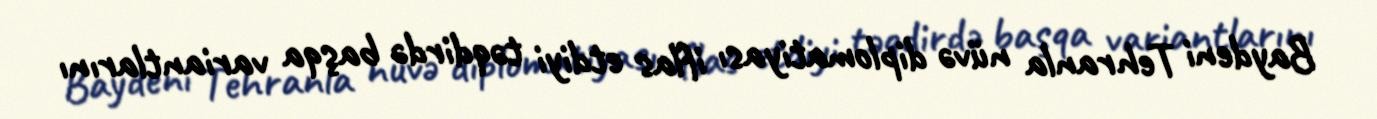
Baydeni Tehranla nüvə diplomatiyası iflas etdiyi təqdirdə başqa variantlarını